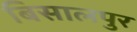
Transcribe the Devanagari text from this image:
बिसालपुर